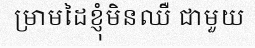
ម្រាមដៃខ្ញុំមិនឈឺ ជាមួយ